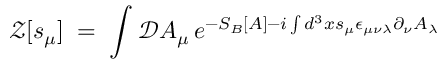
{ \mathcal Z } [ s _ { \mu } ] \; = \; \int { \mathcal D } A _ { \mu } \, e ^ { - S _ { B } [ A ] - i \int d ^ { 3 } x s _ { \mu } \epsilon _ { \mu \nu \lambda } \partial _ { \nu } A _ { \lambda } }